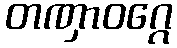
တဏှာဝဂ္ဂေ